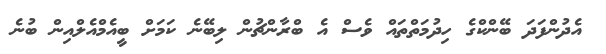
އެދުންފަދަ ބޭންކްގެ ހިދުމަތްތައް ވެސް އެ ބްރާންޗުން ލިބޭނެ ކަމަށް ބީއެމްއެލްއިން ބުނެ